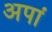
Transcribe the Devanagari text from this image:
अपां